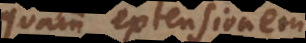
quam extensionem